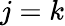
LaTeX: j=k